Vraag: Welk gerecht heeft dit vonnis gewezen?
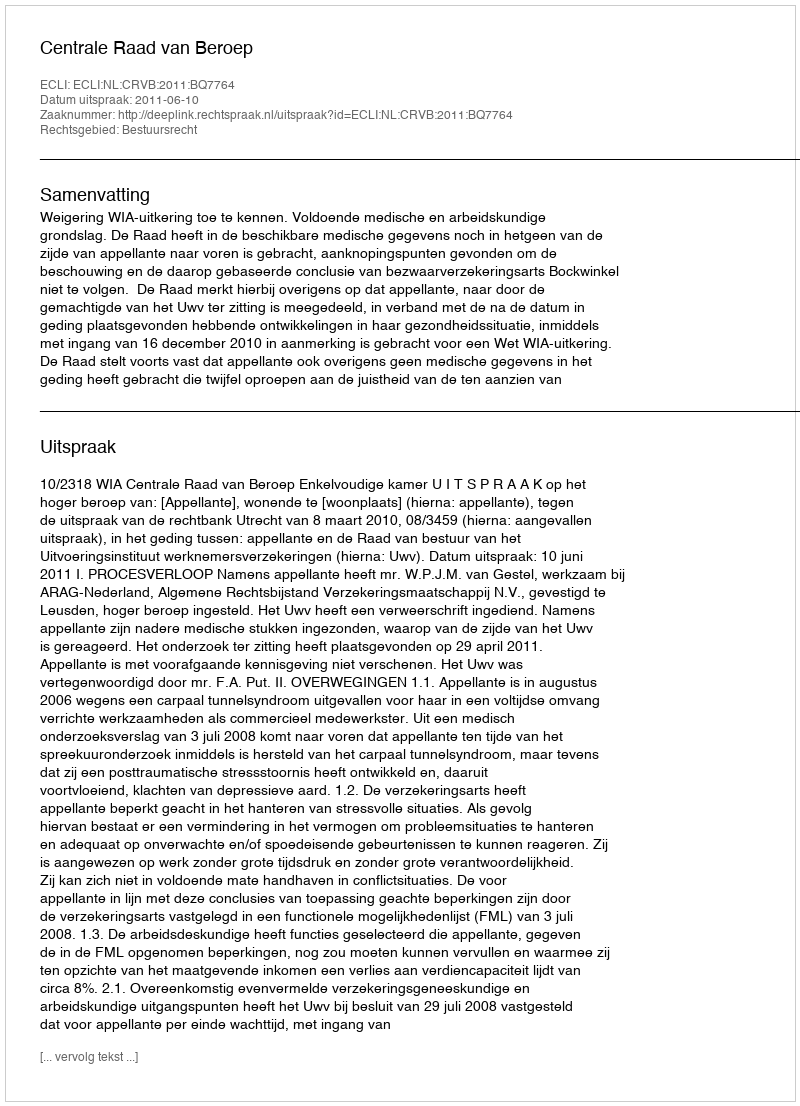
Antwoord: Centrale Raad van Beroep